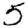
Digit: 5